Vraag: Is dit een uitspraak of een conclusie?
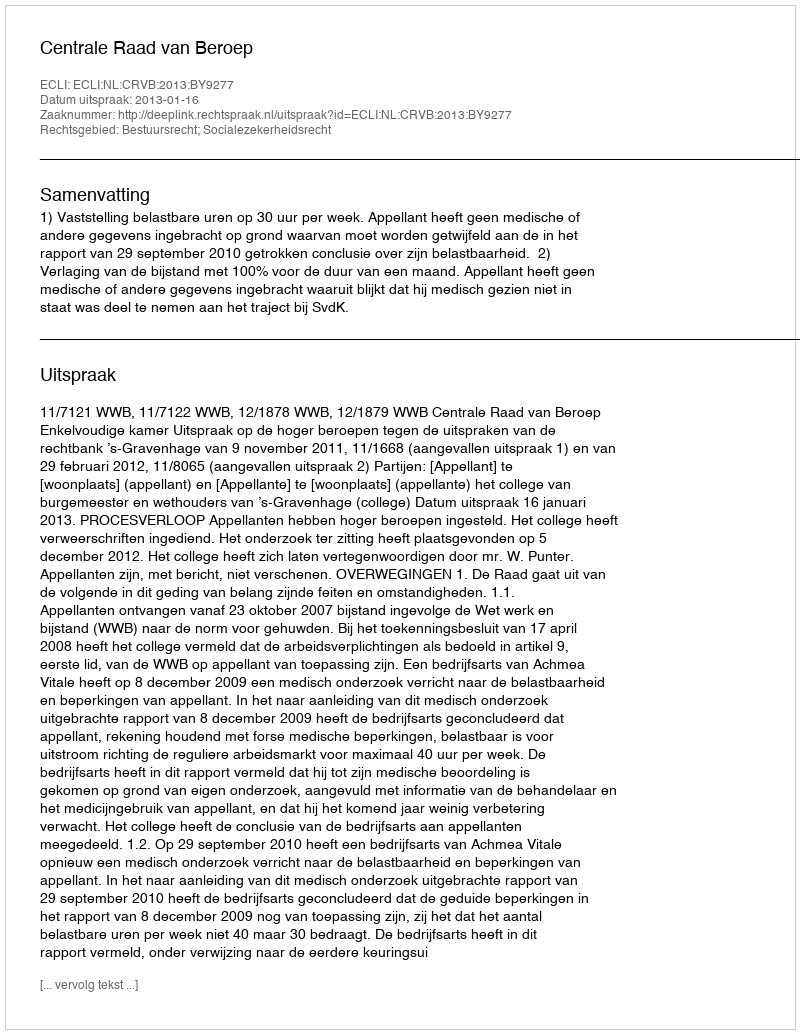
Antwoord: Uitspraak